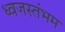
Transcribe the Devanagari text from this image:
ध्‍वजस्‍तंभम